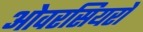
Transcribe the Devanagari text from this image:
ओवरसियरों